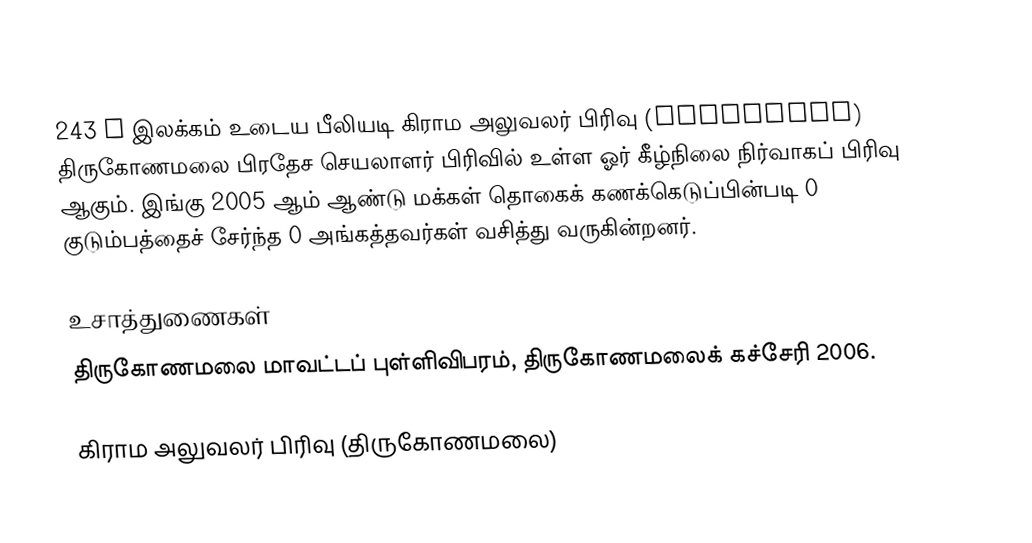
243 J இலக்கம்  உடைய பீலியடி கிராம அலுவலர் பிரிவு  (Peeliyadi) திருகோணமலை பிரதேச செயலாளர் பிரிவில் உள்ள ஓர் கீழ்நிலை நிர்வாகப் பிரிவு ஆகும். இங்கு 2005 ஆம் ஆண்டு மக்கள் தொகைக் கணக்கெடுப்பின்படி 0 குடும்பத்தைச் சேர்ந்த 0 அங்கத்தவர்கள் வசித்து வருகின்றனர்.

உசாத்துணைகள்
திருகோணமலை மாவட்டப் புள்ளிவிபரம், திருகோணமலைக் கச்சேரி 2006.

கிராம அலுவலர் பிரிவு (திருகோணமலை)